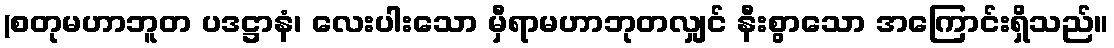
(စတုမဟာဘူတ ပဒဋ္ဌာနံ၊ လေးပါးသော မှီရာမဟာဘုတလျှင် နီးစွာသော အကြောင်းရှိသည်။